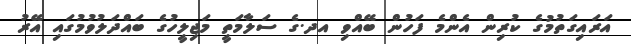
އަރައިގަތުމުގެ ކުރިން އެންމެ ފަހުން ބޭއްވި އދ.ގެ ސަލާމަތީ މަޖިލީހުގެ ބައްދަލުވުމުގައި އޭރު